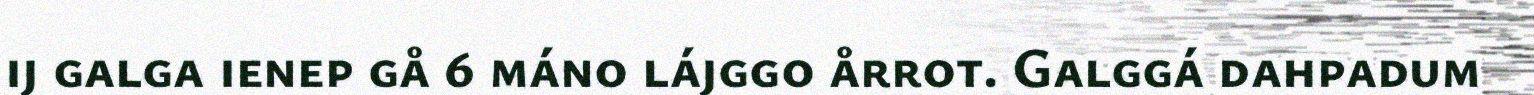
ij galga ienep gå 6 máno lájggo årrot. Galggá dahpadum